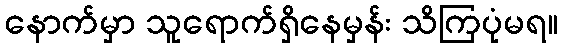
နောက်မှာ သူရောက်ရှိနေမှန်း သိကြပုံမရ။